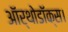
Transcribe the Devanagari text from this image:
ऑर्थोडॉक्स।